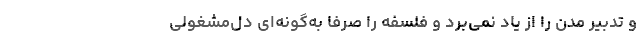
و تدبیر مدن را از یاد نمی‌برد و فلسفه را صرفا به‌گونه‌ای دل‌مشغولی